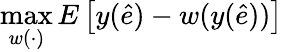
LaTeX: \operatorname*{max}_{w(\cdot)}E\left[y({\hat{e}})-w(y({\hat{e}}))\right]